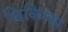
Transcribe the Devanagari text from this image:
छिकित्सा